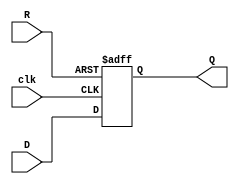
module Dffpr(Q,D,R,clk);
  input D,R,clk;
  output Q;
  reg Q;
always @(posedge clk, negedge R)
  begin
  if(!R)
  Q<=1'b1;
else
  Q<=D;
  end
endmodule